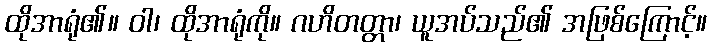
ထိုအာရုံ၏။ ဝါ၊ ထိုအာရုံကို။ ဂဟိတတ္တာ၊ ယူအပ်သည်၏ အဖြစ်ကြောင့်။